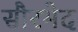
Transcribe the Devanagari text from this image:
सौरभेद